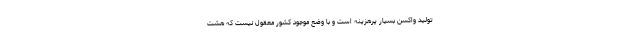
تولید واکسن بسیار پرهزینه است و با وضع موجود کشور معقول نیست که هشت